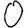
Digit: 0